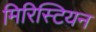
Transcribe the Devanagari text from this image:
मिरिस्टियन